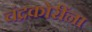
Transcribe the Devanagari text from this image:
चंद्रकोरींना